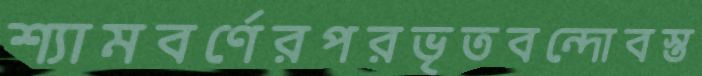
শ্যামবর্ণেরপরভৃতবন্দোবস্ত